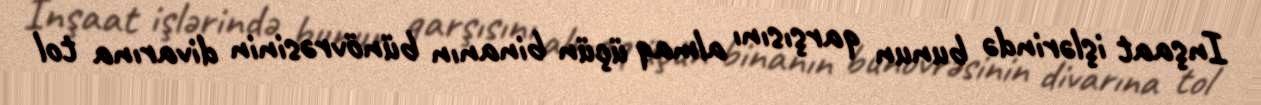
Inşaat işlərində bunun qarşısını almaq üçün binanın bünövrəsinin divarına tol